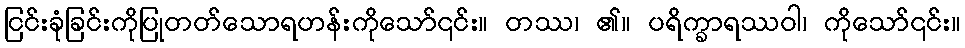
ငြင်းခုံခြင်းကိုပြုတတ်သောရဟန်းကိုသော်၎င်း။ တဿ၊ ၏။ ပရိက္ခာရဿဝါ၊ ကိုသော်၎င်း။